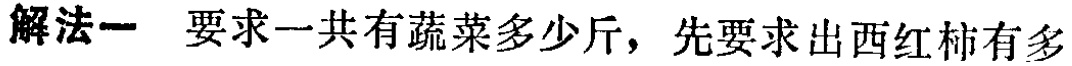
解法一 要求一共有蔬菜多少斤，先要求出西红柿有多